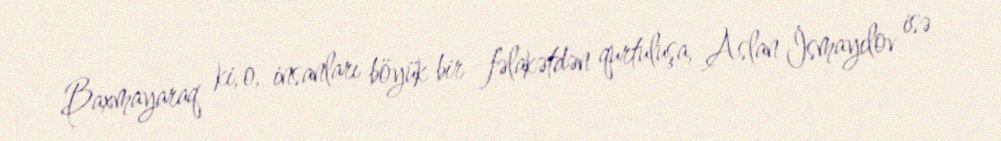
Baxmayaraq ki, o, insanları böyük bir fəlakətdən qurtuluşa, Aslan İsmayılov isə